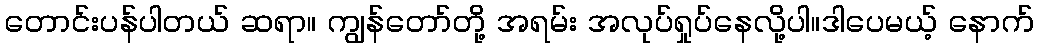
တောင်းပန်ပါတယ် ဆရာ။ ကျွန်တော်တို့ အရမ်း အလုပ်ရှုပ်နေလို့ပါ။ဒါပေမယ့် နောက်